Vaccination North-Western Provinces and Oudh 1896-1901 - 1896-1901
Year: 1896
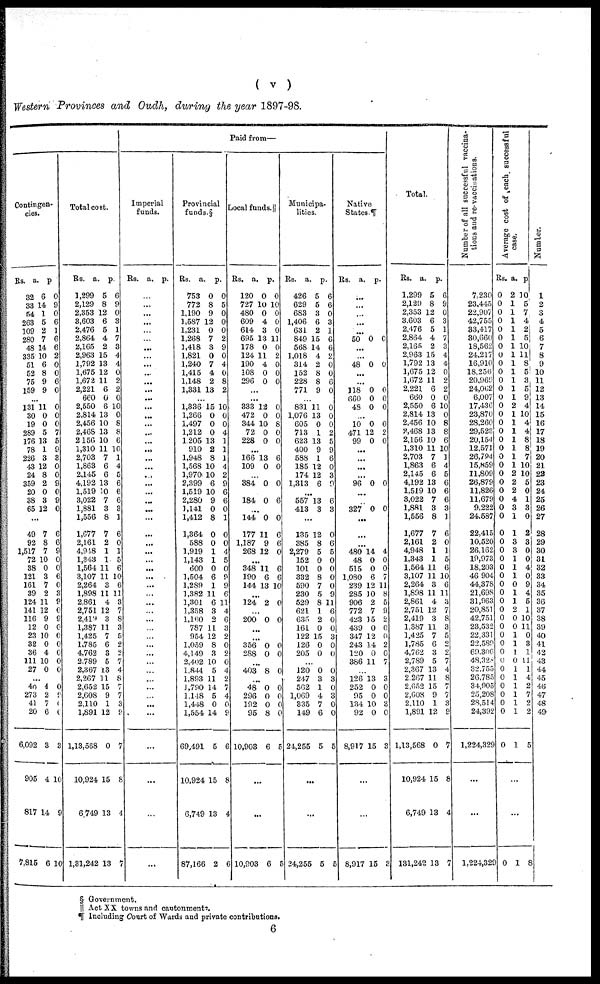
( v )
Western Provinces and Oudh, during the year 1897-98.
Paid from—
Contingen¬
cies.
Rs.
32
33
54
263
109
280
48
335
51
52
75
159
a.
6
14
1
5
2
7
14
10
6
8
9
9
p.
0
9
0
6
1
6
6
2
0
0
6
0
...
131
30
19
289
176
78
226
43
24
359
20
38
65
11
0
0
5
13
1
3
12
8
2
0
3
12
0
0
0
7
5
9
3
0
0
9
0
9
0
...
49
92
1,517
72
38
121
161
39
124
141
116
12
23
32
36
111
27
7
8
7
10
0
3
7
2
11
12
9
0
10
0
4
10
0
6
6
9
0
0
6
0
3
9
0
9
0
0
0
0
0
0
...
40
273
41
20
6,092
905
817
7,815
4
2
7
6
3
4
14
6
0
9
0
6
3
10
9
10
Total cost.
Rs.
1,299
2,129
2,353
3,603
2,476
2,864
2,165
2,963
1,792
1,675
1,672
2,221
660
2,550
2,814
2,456
2,468
2,156
1,310
2,703
1,863
2,145
4,192
1,519
3,022
1,881
1,556
1,677
2,161
4,948
1,343
1,564
3,107
2,264
1,898
2,861
2,751
2,419
1,387
1,425
1,785
4,762
2,789
2,367
2,267
2,652
2,608
2,110
1,891
1,13,568
10,924
6,749
1,31,242
a.
5
8
12
6
5
4
2
15
13
12
11
6
0
6
13
10
13
10
11
7
6
6
13
10
7
3
8
7
2
1
1
11
11
3
11
4
12
3
11
7
6
3
5
13
11
15
9
1
12
0
15
13
13
p.
6
9
0
3
1
7
3
4
4
0
2
2
0
10
0
8
8
6
10
1
4
5
6
6
6
3
1
6
0
1
5
6
10
6
11
3
7
8
3
5
2
2
7
4
8
7
7
3
9
7
8
4
7
Imperial
funds.
Rs. a. p.
...
...
...
...
...
...
. ..
...
...
...
. ..
...
...
...
...
...
...
...
...
...
...
...
...
...
...
. ..
...
...
...
...
...
...
...
...
...
...
...
...
...
...
...
...
...
...
...
...
...
...
...
...
...
...
...
Provincial
funds.§
Rs.
753
772
1,190
1,587
1,231
1,268
1,418
1,821
1,240
1,415
1,148
1,331
a.
0
8
9
12
0
7
3
0
7
4
2
13
p.
0
5
0
0
0
2
9
0
4
0
8
2
...
1,336
1,266
1,497
1,212
1,205
910
1,948
1,568
1,970
2,399
1,519
2,280
1,141
1,412
1,364
588
1,919
1,143
600
1,504
1,289
1,382
1,301
1,358
1,160
787
954
1,059
4,149
2,402
1,844
1,893
1,790
1,148
1,448
1,554
69,491
10,924
6,749
87,166
15
0
0
0
13
2
8
10
10
6
10
9
0
8
0
0
1
1
0
6
1
11
6
3
2
11
12
8
3
10
5
11
14
5
0
14
5
15
13
2
10
0
0
4
1
1
1
4
2
9
6
6
0
1
0
0
4
5
0
9
9
6
11
4
6
3
2
0
2
0
4
2
7
4
0
9
6
8
4
6
Local funds.
Rs.
120
727
480
609
614
695
178
124
190
108
296
a.
0
10
0
4
3
13
0
11
4
0
0
p.
0
10
0
0
0
11
0
2
0
0
0
...
...
333
472
344
72
228
12
0
10
0
0
0
0
8
0
0
...
166
109
13
0
6
0
...
384 0 0
...
184 0 6
...
144
177
1,187
268
0
11
9
12
0
6
6
0
...
348
190
144
11
6
13
6
6
10
...
124 2 0
...
200 0 0
...
...
356
288
0
0
0
0
...
403 8 0
...
48
296
192
95
10,903
0
0
0
8
6
0
0
0
0
5
...
...
10,903 6 5
Municipa-
lities.
Rs.
426
629
683
1,406
631
849
568
1,018
314
152
228
771
a.
5
5
3
6
2
15
14
4
2
8
8
9
p.
6
6
0
3
1
6
6
2
0
0
6
0
...
831
1,076
605
713
623
400
588
185
174
1,313
11
13
0
1
13
9
1
12
12
6
0
0
0
2
5
9
6
0
3
9
...
557
413
13
3
6
3
...
135
385
2,279
152
101
332
590
230
529
621
635
161
122
126
205
12
8
5
0
0
8
7
5
8
1
2
0
15
0
0
0
6
5
0
0
0
0
9
11
6
0
0
3
0
0
...
120
247
562
1,069
335
149
24,255
0
3
1
4
7
6
5
0
3
0
3
0
0
5
...
...
24,255 5 5
Native
States.
Rs.
a.
p.
...
...
...
...
...
50 0 0
...
...
48 0 0
...
...
118
660
48
0
0
0
0
0
0
...
10
471
99
0
12
0
0
2
0
...
...
...
...
96 0 0
...
...
327 0 0
...
...
...
480
48
515
1,080
239
285
906
772
423
439
347
243
120
386
14
0
0
6
12
10
2
7
15
0
12
14
0
11
4
0
0
7
11
8
5
9
2
0
0
2
0
7
...
126
252
95
134
92
8,917
13
0
0
10
0
15
3
0
0
3
0
3
...
...
8,917 15
3
Total.
Rs.
1,299
2,129
2,353
3,603
2,476
2,864
2,165
2,963
1,792
1,675
1,672
2,221
660
2,550
2,814
2,456
2,468
2,156
1,310
2,703
1,863
2,145
4,192
1,519
3,022
1,881
1,556
1,677
2,161
4,948
1,343
1,564
3,107
2,264
1,898
2,861
2,751
2,419
1,387
1,425
1,785
4,762
2,789
2,367
2,267
2,652
2,608
2,110
1,891
1,13,568
10,924
6,749
131,242
a.
5
8
12
6
5
4
2
15
13
12
11
6
0
6
13
10
13
10
11
7
6
6
13
10
7
3
8
7
2
1
1
11
11
3
11
4
12
3
11
7
6
3
5
13
11
15
9
1
12
0
15
13
13
p.
6
9
0
3
1
7
3
4
4
0
2
2
0
10
0
8
8
6
10
1
4
5
6
6
6
3
1
6
0
1
5
6
10
6
11
3 7
8
3
5
2
2
7
4
8
7
7
3
9
7
8
4
7
Number of all successful vaccina¬
tions
and
re-vaccinations.
7,230
23,445
22,907
42,755
33,417
30,660
18,562
24,217
16,910
18,256
20,969
24,062
6,007
17,436
23,870
28,260
29,523
20,154
12,571
26,794
15,859
11,809
26,879
11,826
11,679
9,222
24,587
22,415
10,520
26,162
19,973
18,203
46 904
44,378
21,698
31,963
20,851
42,751
23,532
22,331
22,589
69,306
48,328
32,755
26,785
34,905
25,208
28,514
24,392
1,224,329
...
...
1,224,329
Average cost of each successful
case.
Rs.
0
0
0
0
0
0
0
0
0
0
0
0
0
0
0
0
0
0
0
0
0
0
0
0
0
0
0
0
0
0
0
0
0
0
0
0
0
0
0
0
0
0
0
0
0
0
0
0
0
0
a.
2
1
1
1
1
1
1
1
1
1
1
1
1
2
1
1
1
1
1
1
1
2
2
2
4
3
1
1
3
3
1
1
1
0
1
1
2
0
0
1
1
1
0
1
1
1
1
1
1
1
p.
10
5
7
4
2
5
10
11
8
5
3
5
9
4
10
4
4
8
8
7
10
10
5
0
1
3
0
2
3
0
0
4
0
9
4
5
1
10
11
0
3
1
11
1
4
2
7
2
2
5
...
...
0 1 8
Number.
1
2
3
4
5
6
7
8
9
10
11
12
13
14
15
16
17
18
19
20
21
22
23
24
25
26
27
28
29
30
31
32
33
34
35
36
37
38
39
40
41
42
43
44
45
40
47
48
49
§ Government.
|| Act XX towns and cantonments.
¶ Including Court of Wards and private contributions.
6